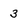
Character: 3